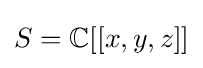
S=\mathbb {C} [[x,y,z]]